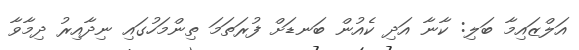
އަލްޒައިމާ ބަލި: ކާނާ އަދި ކެއުން ބަނޑަށް ފުރަތަމަ ތިންމަހުގައި ނިދާއިރު ދިމާވާ